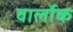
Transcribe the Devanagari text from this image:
वार्लोक